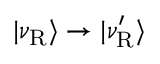
| \nu _ { \mathrm { R } } \rangle \to | \nu _ { \mathrm { R } } ^ { \prime } \rangle